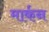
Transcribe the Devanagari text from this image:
मार्कन